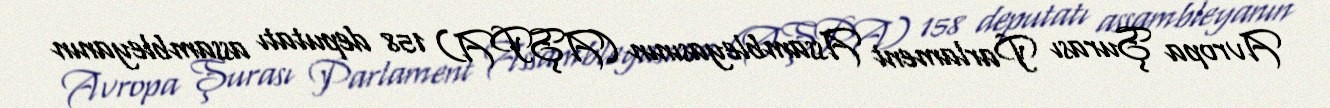
Avropa Şurası Parlament Assambleyasının (AŞPA) 158 deputatı assambleyanın